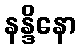
နန္ဒိနော